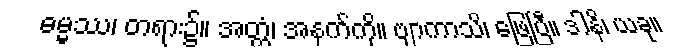
ဓမ္မဿ၊ တရား၌။ အတ္ထံ၊ အနက်ကို။ ဗျာကာသိ၊ ဖြေပြီ။ ဒါနိ၊ ယခု။